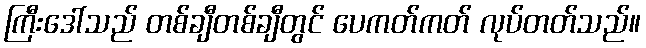
ကြီးဒေါ်သည် တစ်ချီတစ်ချီတွင် ပေကတ်ကတ် လုပ်တတ်သည်။